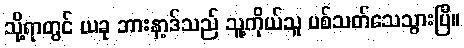
သို့ရာတွင် ယခု ဘားနာ့ဒ်သည် သူ့ကိုယ်သူ ပစ်သတ်သေသွားပြီ။